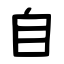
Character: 自